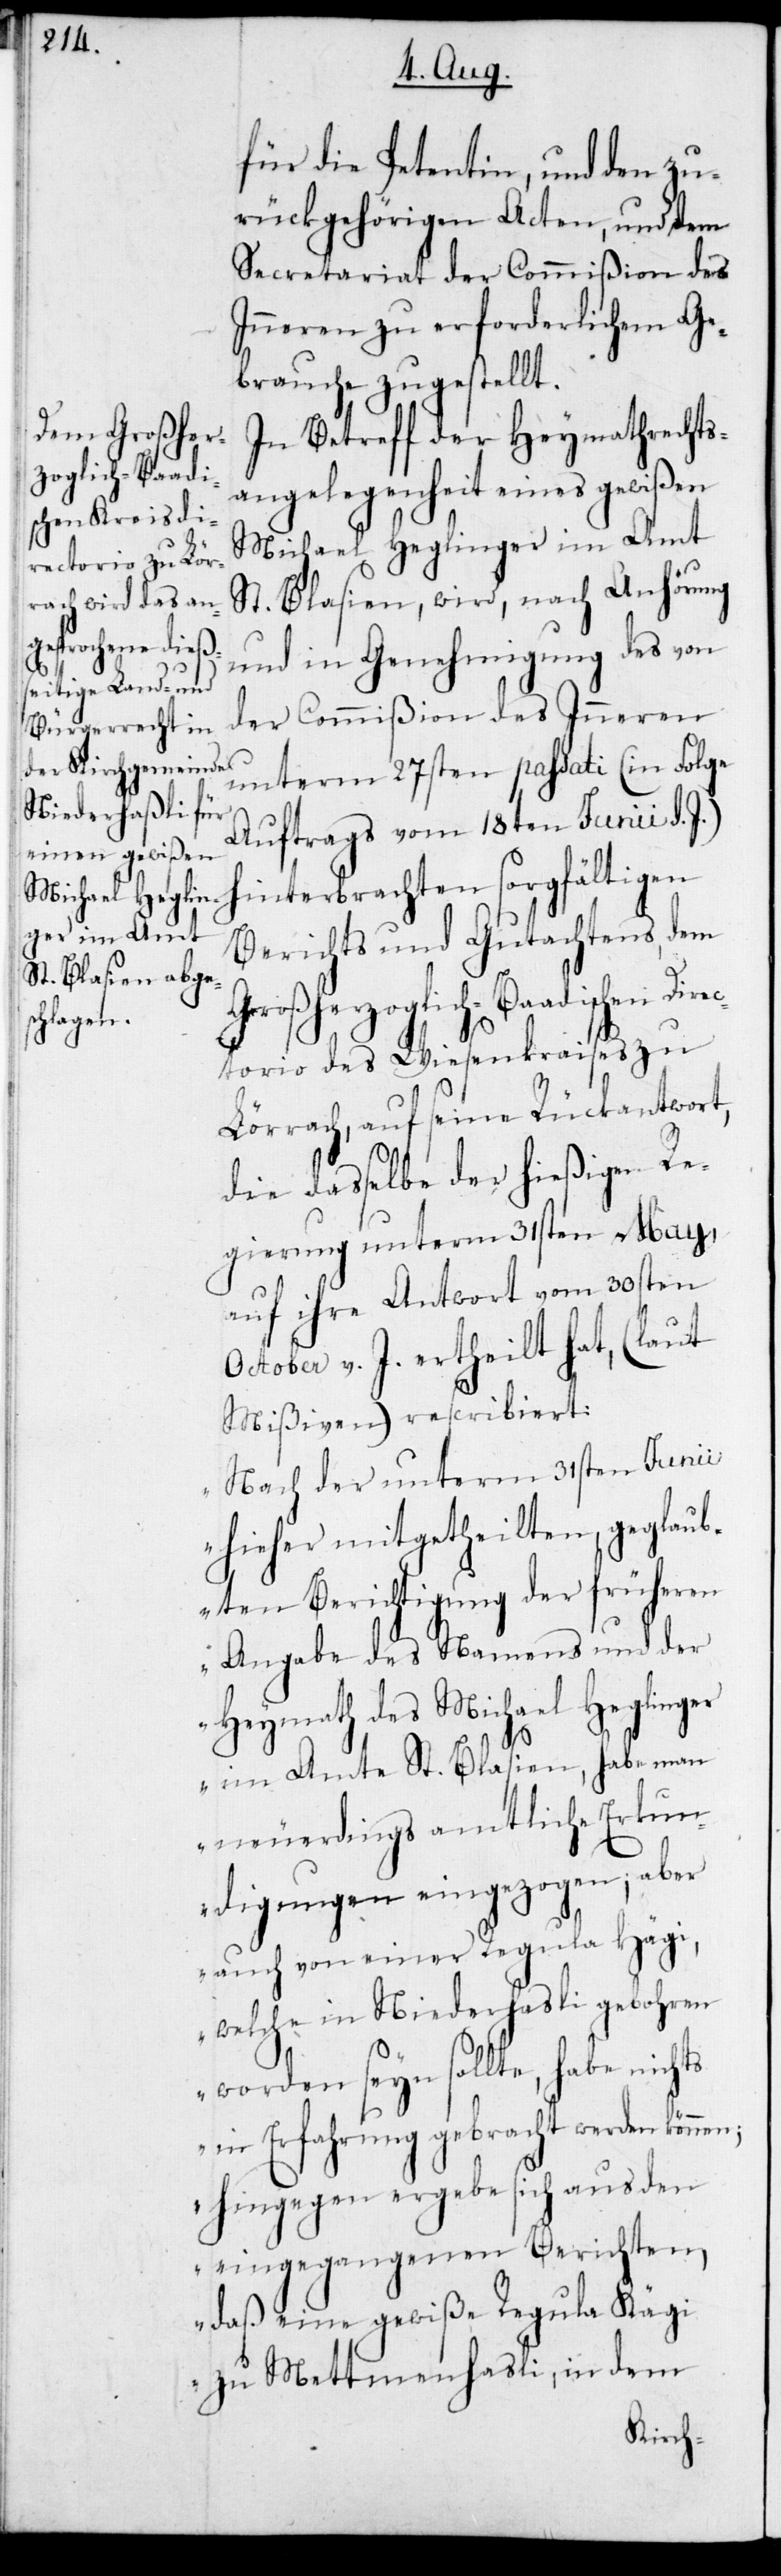
ts

für die Petentin, und den zu¬
rückgehörigen Acten, und dem
Secretariat der Commißion des
Inneren zu erforderlichem Ge¬
brauche zugestellt.
In Betreff der Heymathrechts¬
angelegenheit eines gewißen
Michael Heglinger im Amt
St. Blasien, wird, nach Anhörung
und in Genehmigung des von
der Commißion des Inneren
unterm 27sten passati (in Folge
Auftrags vom 18ten Junii d. J.)
hinterbrachten sorgfältigen
Berichts und Gutachtens, dem
Großherzoglich-Baadischen Dire¬
ctorio des Wiesenkraises zu
Lörrach, auf seine Rückantwort,
die daßelbe der hießigen Re¬
gierung unterm 31sten May
auf ihre Antwort vom 30sten
October v. J. ertheilt hat, (laut
Mißiven) rescribiert:
„Nach der unterm 31sten Junii
hieher mitgetheilten, geglaub¬
ten Berichtigung der früheren
Angabe des Namens und der
Heymath des Michael Heglinger
im Amte St. Blasien, habe man
neuerdings amtliche Erkun¬
digungen eingezogen, aber
auch von einer Regula Hägi,
welche in Niederhasli gebohren
worden seyn sollte, habe nich¬
in Erfahrung gebracht werden könne¬
n; hingegen ergebe sich aus den
eingegangenen Berichten,
daß eine gewiße Regula Kägi
zu Mettmenhasli, in dem